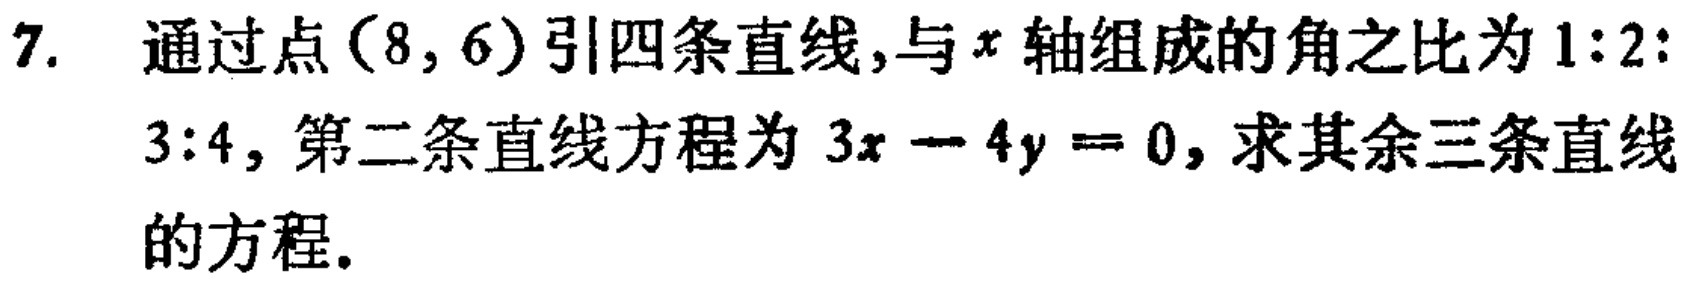
7. 通过点\((8,6)\)引四条直线,与\(x\)轴组成的角之比为\(1:2:3:4\), 第二条直线方程为\(3x - 4y = 0\), 求其余三条直线的方程.